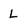
Character: L